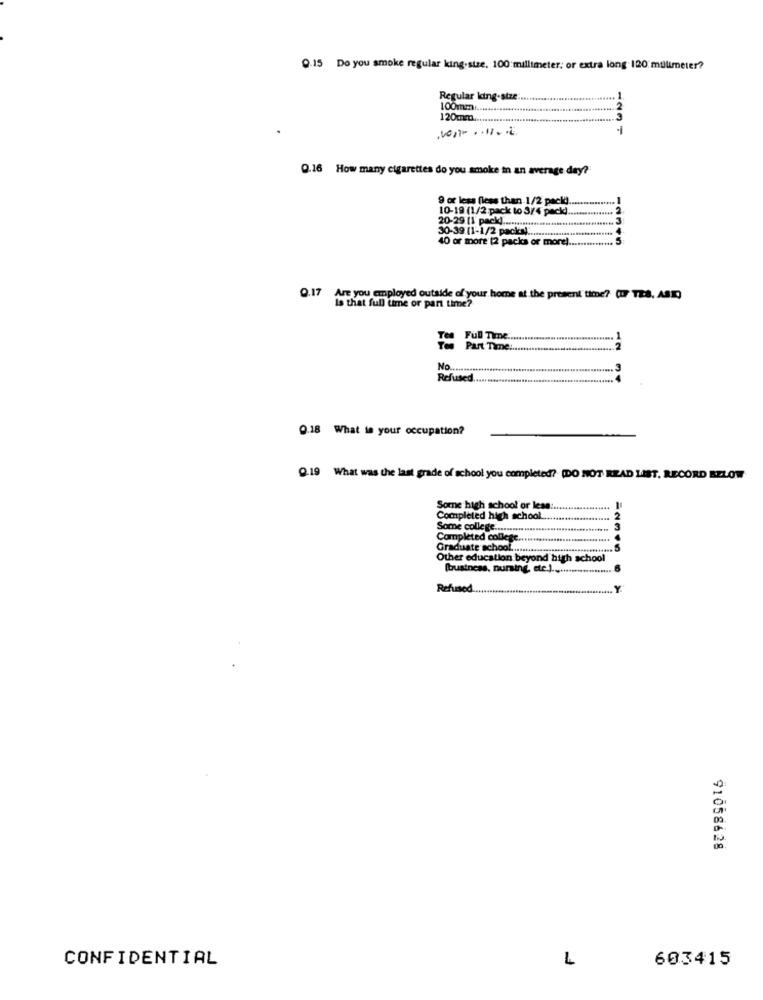
Q.15 Do you smoke regular king-size. 100:millimeter; or extra long 120 millimeter?
Regular king-size :.
100mm ..............
120mm ....
Q.16 How many cigarettes do you smoke in an average day?
9 or less (less than 1/2 pack ..
10-19 (1/2 pack to 3/4 packd.
20-29 [1 packd ................
30-39 (1-1/2 packa) ..
40 or more [2 packs or more
Q.17 Are you employed outside of your home at the present time? (I TES, ASR)
Is that full time or part time?
Full Time .........
Part Time .....
2
NO ............
....... 3
Refused
0.18 What is your occupation?
Q.19 What was the last grade of school you completed? (DO NOT READ LIST, RECORD BZLOW
Some high school or less :.
Completed high school ..
Some college ....
Completed college
Graduate school ..
Other education beyond high school
(business, nursing, ete ) .........
Refused.
91058628
CONFIDENTIAL
L
603415